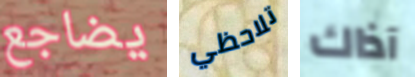
يضاجع تلاحظي آذاك